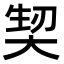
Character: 𭑕